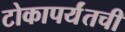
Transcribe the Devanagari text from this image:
टोकापर्यंतची